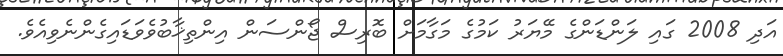
އަދި 2008 ގައި ލަންޑަންގެ މޭޔަރު ކަމުގެ މަގާމަށް ބޮރިސް ޖޯންސަން އިންތިޚާބުވެވަޑައިގެންނެވިއެވެ.